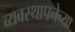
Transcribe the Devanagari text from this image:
व्यवस्थापनेच्या